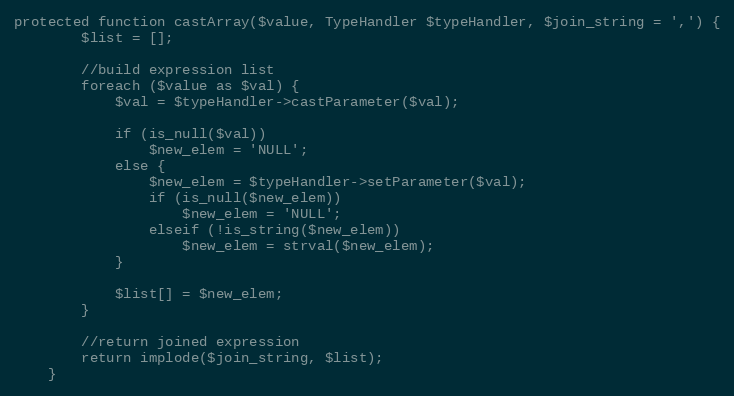
Language: PHP
protected function castArray($value, TypeHandler $typeHandler, $join_string = ',') {
		$list = [];

		//build expression list
		foreach ($value as $val) {
			$val = $typeHandler->castParameter($val);

			if (is_null($val))
				$new_elem = 'NULL';
			else {
				$new_elem = $typeHandler->setParameter($val);
				if (is_null($new_elem))
					$new_elem = 'NULL';
				elseif (!is_string($new_elem))
					$new_elem = strval($new_elem);
			}

			$list[] = $new_elem;
		}

		//return joined expression
		return implode($join_string, $list);
	}